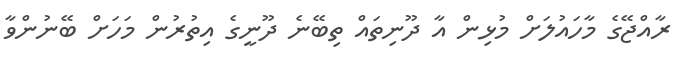
ރާއްޖޭގެ މާހައުލަށް މުޅިން އާ ދޫނިތައް ތިބޭނެ ދޫނީގެ އިތުރުން މަހަށް ބޭނުންވާ